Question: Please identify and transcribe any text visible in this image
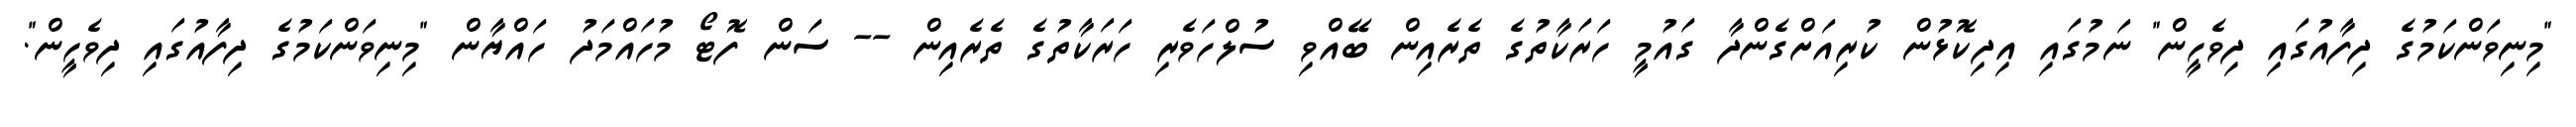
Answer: "މިނިވަންކަމުގެ ދިފާއުގައި ދިވެހީން" ނަމުގައި އިދިކޮޅުން ކުރިއަށްގެންދާ ގައުމީ ހަރަކާތުގެ ތެރެއިން ބޭއްވި ސުލްހަވެރި ހަރަކާތުގެ ތެރެއިން -- ސަން ފޮޓޯ މުހައްމަދު ހައްޔާން "މިނިވަންކަމުގެ ދިފާއުގައި ދިވެހީން".